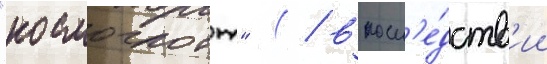
"космоглотт" ( / впосл'е́дств'ии